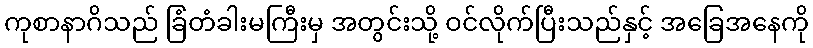
ကုစာနာဂိသည် ခြံတံခါးမကြီးမှ အတွင်းသို့ ဝင်လိုက်ပြီးသည်နှင့် အခြေအနေကို